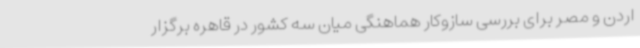
اردن و مصر برای بررسی سازوکار هماهنگی میان سه کشور در قاهره برگزار